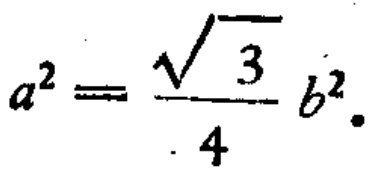
\(a^{2}=\frac{\sqrt{3}}{4}b^{2}\)